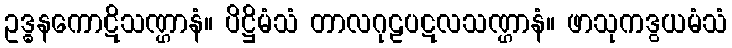
ဥဒ္ဓနကောဋိသဏ္ဌာနံ။ ပိဋ္ဌိမံသံ တာလဂုဠပဋလသဏ္ဌာနံ။ ဖာသုကဒွယမံသံ